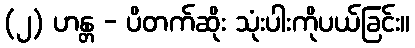
(၂) ဟန္တ - ပိတက်ဆိုး သုံးပါးကိုပယ်ခြင်း။